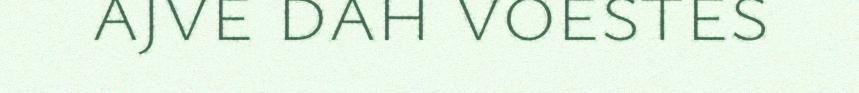
ajve dah voestes